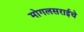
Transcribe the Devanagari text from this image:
मोगलसराईचे